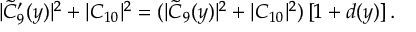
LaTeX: | \widetilde C _ { 9 } ^ { \prime } ( y ) | ^ { 2 } + | C _ { 1 0 } | ^ { 2 } = ( | \widetilde C _ { 9 } ( y ) | ^ { 2 } + | C _ { 1 0 } | ^ { 2 } ) \, [ 1 + d ( y ) ] \, .